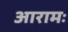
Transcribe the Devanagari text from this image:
आरामः